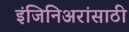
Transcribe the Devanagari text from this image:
इंजिनिअरांसाठी